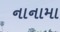
નાનામા